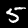
Label: 5